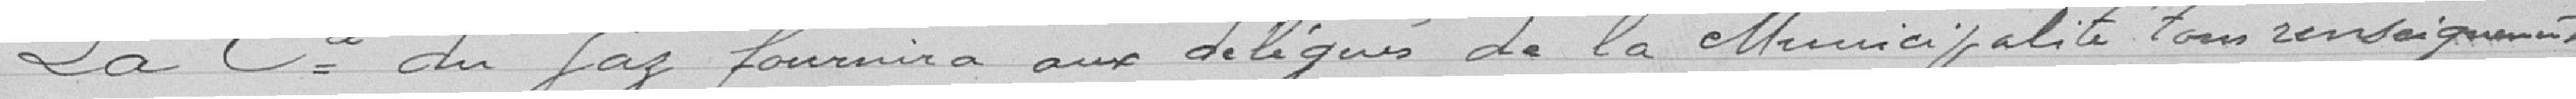
La Cie du Gaz fournira aux délégués de la municipalité tous renseignements